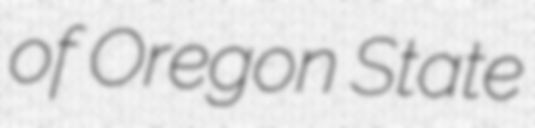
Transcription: of Oregon State